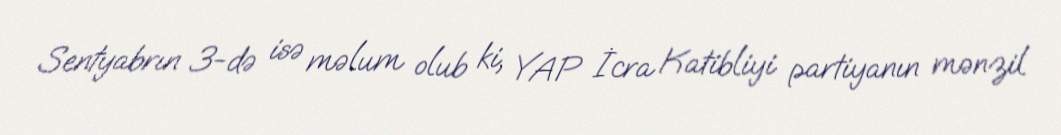
Sentyabrın 3-də isə məlum olub ki, YAP İcra Katibliyi partiyanın mənzil